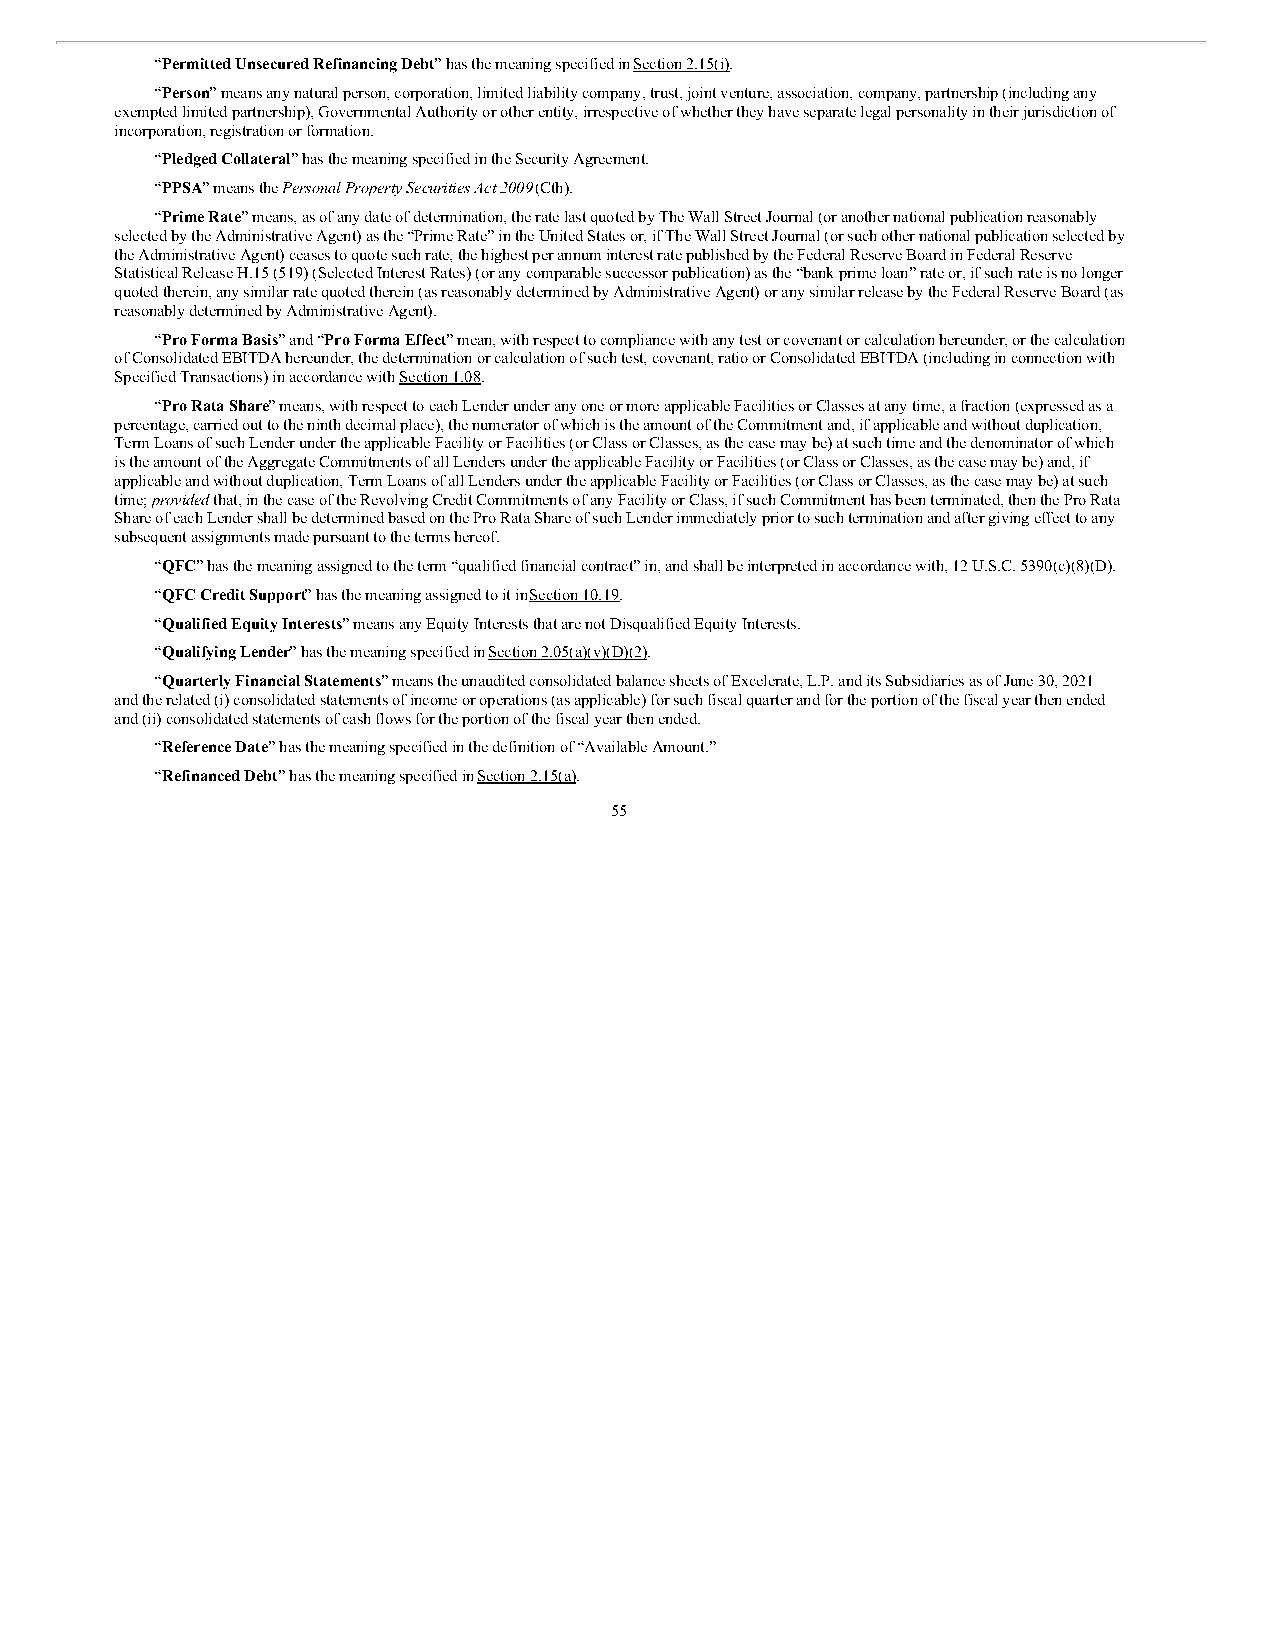
“Permitted Unsecured Refinancing Debt” has the meaning specified in Section 2.15(i).
 “Person” means any natural person, corporation, limited liability company, trust, joint venture, association, company, partnership (including any
 exempted limited partnership), Governmental Authority or other entity, irrespective of whether they have separate legal personality in their jurisdiction of
 incorporation, registration or formation.
 “Pledged Collateral” has the meaning specified in the Security Agreement.
 “PPSA” means the Personal Property Securities Act 2009 (Cth).
 “Prime Rate” means, as of any date of determination, the rate last quoted by The Wall Street Journal (or another national publication reasonably
 selected by the Administrative Agent) as the “Prime Rate” in the United States or, if The Wall Street Journal (or such other national publication selected by
 the Administrative Agent) ceases to quote such rate, the highest per annum interest rate published by the Federal Reserve Board in Federal Reserve
 Statistical Release H.15 (519) (Selected Interest Rates) (or any comparable successor publication) as the “bank prime loan” rate or, if such rate is no longer
 quoted therein, any similar rate quoted therein (as reasonably determined by Administrative Agent) or any similar release by the Federal Reserve Board (as
 reasonably determined by Administrative Agent).
 “Pro Forma Basis” and “Pro Forma Effect” mean, with respect to compliance with any test or covenant or calculation hereunder, or the calculation
 of Consolidated EBITDA hereunder, the determination or calculation of such test, covenant, ratio or Consolidated EBITDA (including in connection with
 Specified Transactions) in accordance with Section 1.08.
 “Pro Rata Share” means, with respect to each Lender under any one or more applicable Facilities or Classes at any time, a fraction (expressed as a
 percentage, carried out to the ninth decimal place), the numerator of which is the amount of the Commitment and, if applicable and without duplication,
 Term Loans of such Lender under the applicable Facility or Facilities (or Class or Classes, as the case may be) at such time and the denominator of which
 is the amount of the Aggregate Commitments of all Lenders under the applicable Facility or Facilities (or Class or Classes, as the case may be) and, if
 applicable and without duplication, Term Loans of all Lenders under the applicable Facility or Facilities (or Class or Classes, as the case may be) at such
 time; provided that, in the case of the Revolving Credit Commitments of any Facility or Class, if such Commitment has been terminated, then the Pro Rata
 Share of each Lender shall be determined based on the Pro Rata Share of such Lender immediately prior to such termination and after giving effect to any
 subsequent assignments made pursuant to the terms hereof.
 “QFC” has the meaning assigned to the term “qualified financial contract” in, and shall be interpreted in accordance with, 12 U.S.C. 5390(c)(8)(D).
 “QFC Credit Support” has the meaning assigned to it in Section 10.19.
 “Qualified Equity Interests” means any Equity Interests that are not Disqualified Equity Interests.
 “Qualifying Lender” has the meaning specified in Section 2.05(a)(v)(D)(2).
 “Quarterly Financial Statements” means the unaudited consolidated balance sheets of Excelerate, L.P. and its Subsidiaries as of June 30, 2021
 and the related (i) consolidated statements of income or operations (as applicable) for such fiscal quarter and for the portion of the fiscal year then ended
 and (ii) consolidated statements of cash flows for the portion of the fiscal year then ended.
 “Reference Date” has the meaning specified in the definition of “Available Amount.”
 “Refinanced Debt” has the meaning specified in Section 2.15(a).
 55